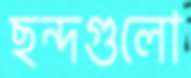
ছন্দগুলো